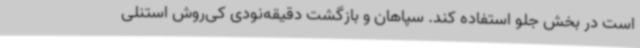
است در بخش جلو استفاده کند. سپاهان و بازگشت دقیقه‌نودی کی‌روش استنلی